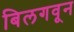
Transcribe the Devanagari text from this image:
बिलगवून